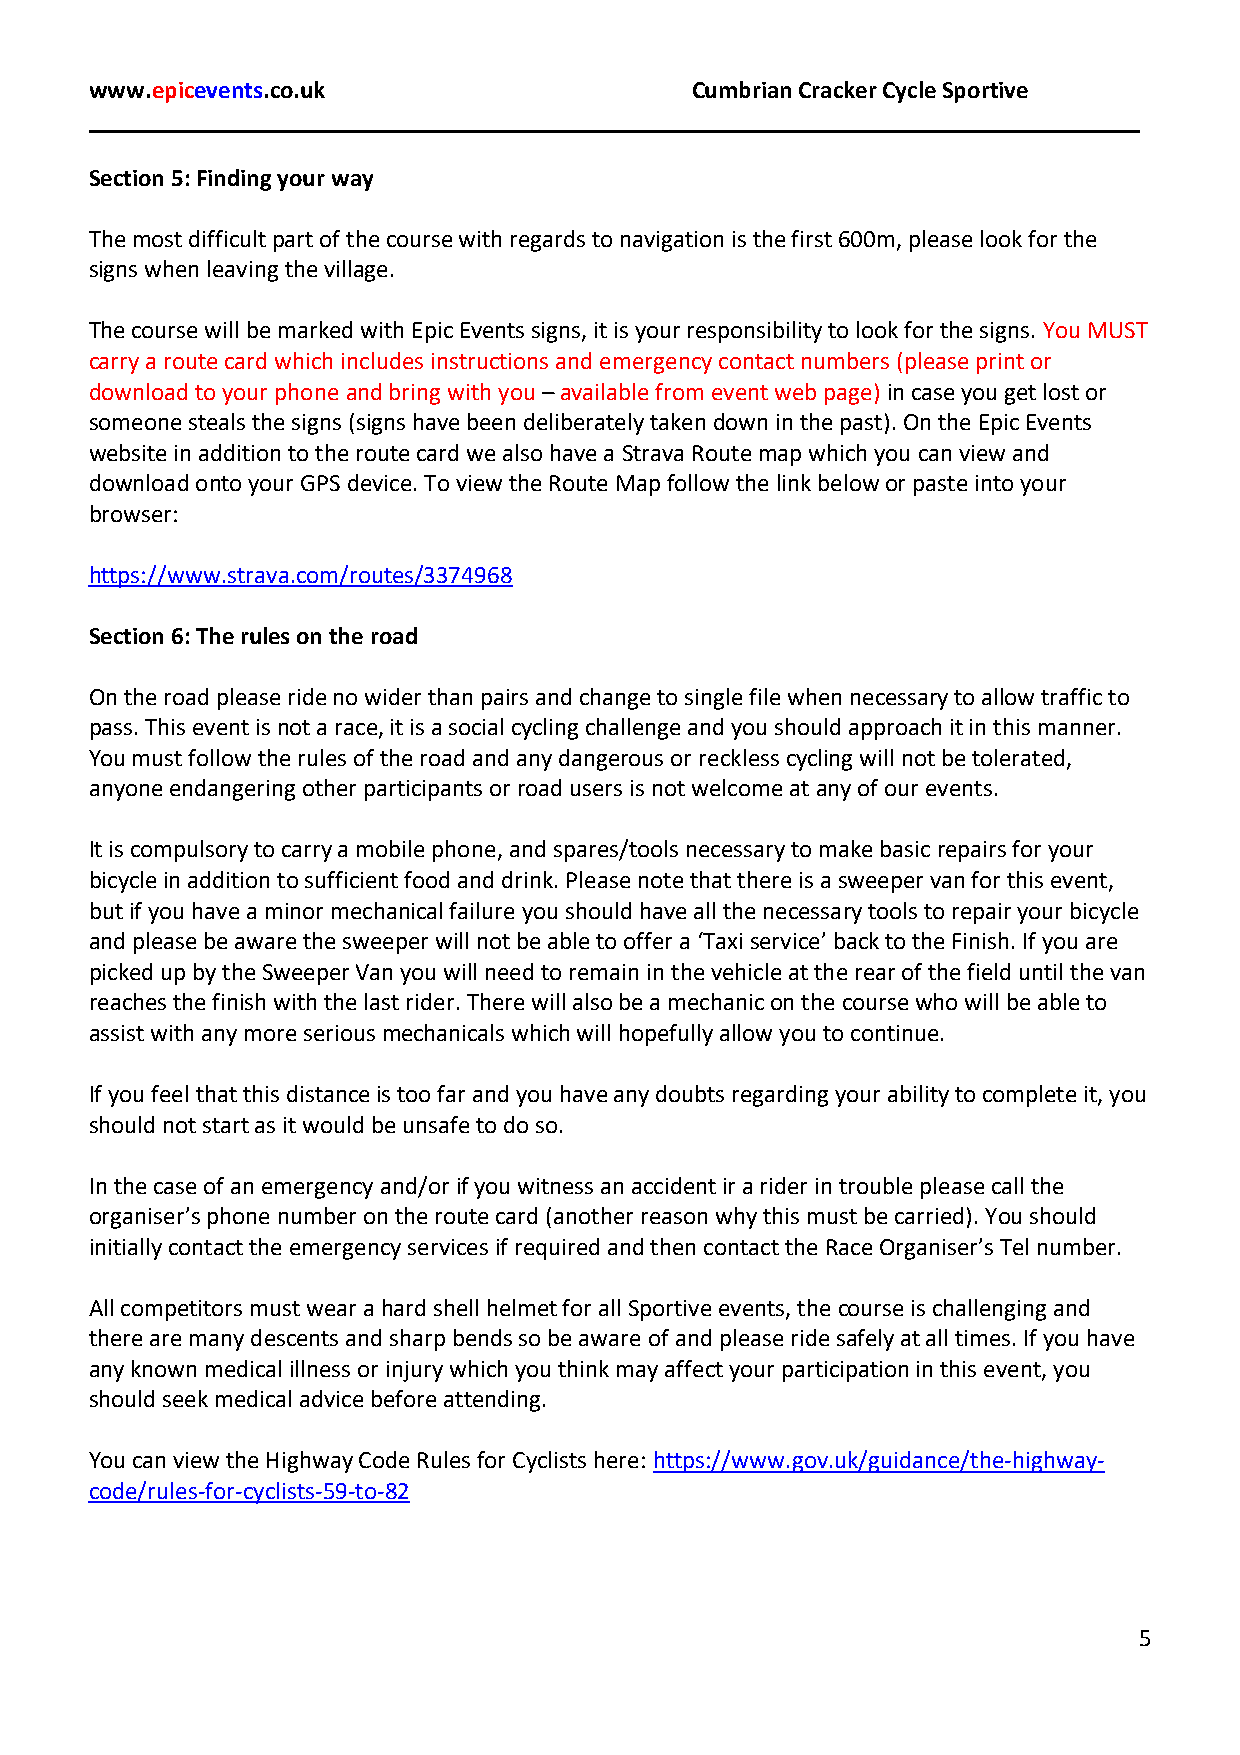
www.epicevents.co.uk                    Cumbrian Cracker Cycle Sportive
 Section 5: Finding your way
 The most difficult part of the course with regards to navigation is the first 600m, please look for the
 signs when leaving the village.
 The course will be marked with Epic Events signs, it is your responsibility to look for the signs. You MUST
 carry a route card which includes instructions and emergency contact numbers (please print or
 download to your phone and bring with you – available from event web page) in case you get lost or
 someone steals the signs (signs have been deliberately taken down in the past). On the Epic Events
 website in addition to the route card we also have a Strava Route map which you can view and
 download onto your GPS device. To view the Route Map follow the link below or paste into your
 browser:
 https://www.strava.com/routes/3374968
 Section 6: The rules on the road
 On the road please ride no wider than pairs and change to single file when necessary to allow traffic to
 pass. This event is not a race, it is a social cycling challenge and you should approach it in this manner.
 You must follow the rules of the road and any dangerous or reckless cycling will not be tolerated,
 anyone endangering other participants or road users is not welcome at any of our events.
 It is compulsory to carry a mobile phone, and spares/tools necessary to make basic repairs for your
 bicycle in addition to sufficient food and drink. Please note that there is a sweeper van for this event,
 but if you have a minor mechanical failure you should have all the necessary tools to repair your bicycle
 and please be aware the sweeper will not be able to offer a ‘Taxi service’ back to the Finish. If you are
 picked up by the Sweeper Van you will need to remain in the vehicle at the rear of the field until the van
 reaches the finish with the last rider. There will also be a mechanic on the course who will be able to
 assist with any more serious mechanicals which will hopefully allow you to continue.
 If you feel that this distance is too far and you have any doubts regarding your ability to complete it, you
 should not start as it would be unsafe to do so.
 In the case of an emergency and/or if you witness an accident ir a rider in trouble please call the
 organiser’s phone number on the route card (another reason why this must be carried). You should
 initially contact the emergency services if required and then contact the Race Organiser’s Tel number.
 All competitors must wear a hard shell helmet for all Sportive events, the course is challenging and
 there are many descents and sharp bends so be aware of and please ride safely at all times. If you have
 any known medical illness or injury which you think may affect your participation in this event, you
 should seek medical advice before attending.
 You can view the Highway Code Rules for Cyclists here: https://www.gov.uk/guidance/the-highway-
 code/rules-for-cyclists-59-to-82
 5